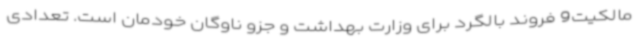
مالکیت9 فروند بالگرد برای وزارت بهداشت و جزو ناوگان خودمان است. تعدادی